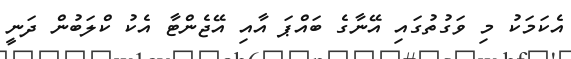
އެކަމަކު މި ވަގުތުގައި އޭނާގެ ބައްޕަ އާއި އޭޖެންޓާ އެކު ކްލަބުން ދަނީ